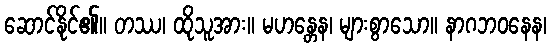
ဆောင်နိုင်၏။ တဿ၊ ထိုသူအား။ မဟန္တေန၊ များစွာသော။ နာဂဘဝနေန၊